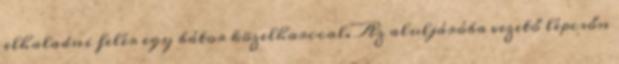
elhaladni felér egy bátor közelharccal. Az aluljáróba vezető lépcsőn